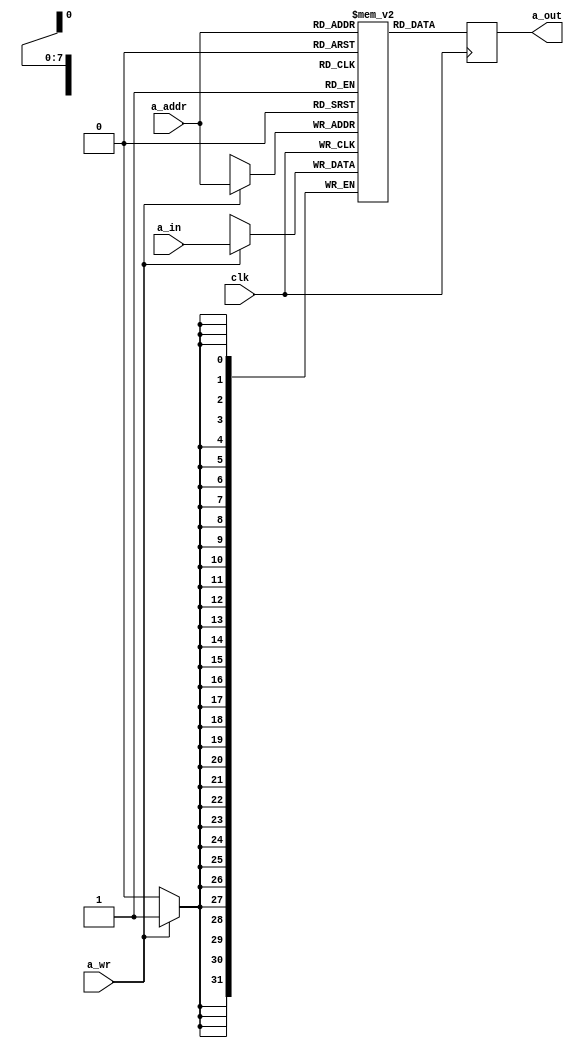
//======================================================================
//
// Copyright (c) 2017, NORDUnet A/S All rights reserved.
//
// Redistribution and use in source and binary forms, with or without
// modification, are permitted provided that the following conditions
// are met:
// - Redistributions of source code must retain the above copyright
//   notice, this list of conditions and the following disclaimer.
//
// - Redistributions in binary form must reproduce the above copyright
//   notice, this list of conditions and the following disclaimer in the
//   documentation and/or other materials provided with the distribution.
//
// - Neither the name of the NORDUnet nor the names of its contributors may
//   be used to endorse or promote products derived from this software
//   without specific prior written permission.
//
// THIS SOFTWARE IS PROVIDED BY THE COPYRIGHT HOLDERS AND CONTRIBUTORS "AS
// IS" AND ANY EXPRESS OR IMPLIED WARRANTIES, INCLUDING, BUT NOT LIMITED
// TO, THE IMPLIED WARRANTIES OF MERCHANTABILITY AND FITNESS FOR A
// PARTICULAR PURPOSE ARE DISCLAIMED. IN NO EVENT SHALL THE COPYRIGHT
// HOLDER OR CONTRIBUTORS BE LIABLE FOR ANY DIRECT, INDIRECT, INCIDENTAL,
// SPECIAL, EXEMPLARY, OR CONSEQUENTIAL DAMAGES (INCLUDING, BUT NOT LIMITED
// TO, PROCUREMENT OF SUBSTITUTE GOODS OR SERVICES; LOSS OF USE, DATA, OR
// PROFITS; OR BUSINESS INTERRUPTION) HOWEVER CAUSED AND ON ANY THEORY OF
// LIABILITY, WHETHER IN CONTRACT, STRICT LIABILITY, OR TORT (INCLUDING
// NEGLIGENCE OR OTHERWISE) ARISING IN ANY WAY OUT OF THE USE OF THIS
// SOFTWARE, EVEN IF ADVISED OF THE POSSIBILITY OF SUCH DAMAGE.
//
//======================================================================

`timescale 1ns / 1ps

module bram_1rw_readfirst
  #(parameter MEM_WIDTH            = 32,
    parameter MEM_ADDR_BITS        = 8)
   (
    input wire                     clk,

    input wire [MEM_ADDR_BITS-1:0] a_addr,
    input wire                     a_wr,
    input wire [MEM_WIDTH-1:0]     a_in,
    output wire [MEM_WIDTH-1:0]    a_out
    );


   //
   // BRAM
   //
   (* RAM_STYLE="BLOCK" *)
   reg [MEM_WIDTH-1:0]             bram[0:(2**MEM_ADDR_BITS)-1];
	
	
   //
   // Output Register
   //
   reg [MEM_WIDTH-1:0]             bram_reg_a;

   assign a_out = bram_reg_a;


   //
   // Read-Write Port A
   //
   always @(posedge clk) begin
      //
      bram_reg_a <= bram[a_addr];
      //
      if (a_wr) bram[a_addr] <= a_in;
      //
   end


endmodule